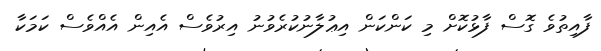
ފާއިތުވެ ގޮސް ފާޅުކޮށް މި ކަންކަން އިޢުލާނުކުރެވުނު އިރުވެސް އެއިން އެއްވެސް ކަމަކާ